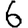
Digit: 6